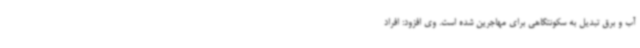
آب و برق تبدیل به سکونتگاهی برای مهاجرین شده است. وی افزود: افراد